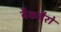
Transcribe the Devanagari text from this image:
बैकबैरो